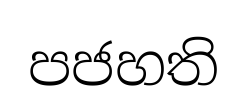
පජහති